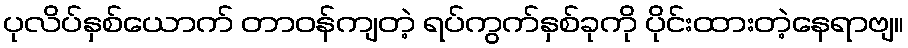
ပုလိပ်နှစ်ယောက် တာဝန်ကျတဲ့ ရပ်ကွက်နှစ်ခုကို ပိုင်းထားတဲ့နေရာဗျ။